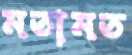
মতামত